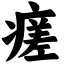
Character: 瘥